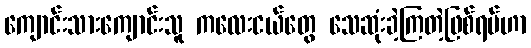
ကျောင်းသားကျောင်းသူ ကလေးငယ်တွေ သေဆုံးခဲ့ကြတဲ့ဖြစ်ရပ်ဟာ